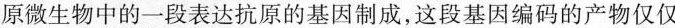
原微生物中的一段表达抗原的基因制成，这段基因编码的产物仅仅